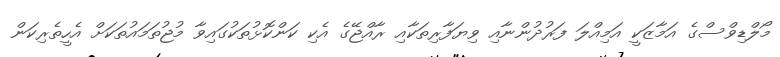
މޯލްޑިވްސްގެ އަމާޒަކީ އަމިއްލަ ފަރުދުންނާއި ވިޔަފާރިތަކާއި ރާއްޖޭގެ އެކި ކަންކޮޅުތަކުގައިވާ މުޖުތަމައުތަކަށް އެހީތެރިކަން